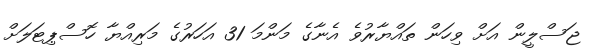
ޖަސްލީން އަށް ވިހަން ތައްޔާރުވެ އެނާގެ މަންމަ 31 އަހަރުގެ މަރިއްޔާ ހޮސްޕިޓަލަށް